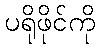
ပရိုဖိုင်ကို